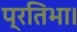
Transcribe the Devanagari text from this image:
प्रतिभा।